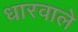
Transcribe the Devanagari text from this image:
धारवाले